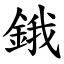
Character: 鋨